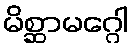
မိစ္ဆာမဂ္ဂေါ